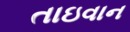
તાઇવાન